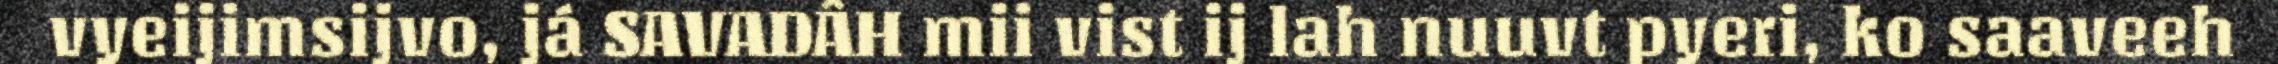
vyeijimsijvo, já SAVADÂH mii vist ij lah nuuvt pyeri, ko saaveeh